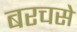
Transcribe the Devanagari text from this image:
बरचसे